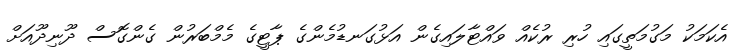
އެކަމަކު މަގުމަތީގައި ހުރި ރުކެއް ވައްޓާލައިގެން އަޅުގަނޑުމެންގެ ޕާޓީގެ މެމްބަރުން ގެންގޮސް ދޫނިދޫއަށް